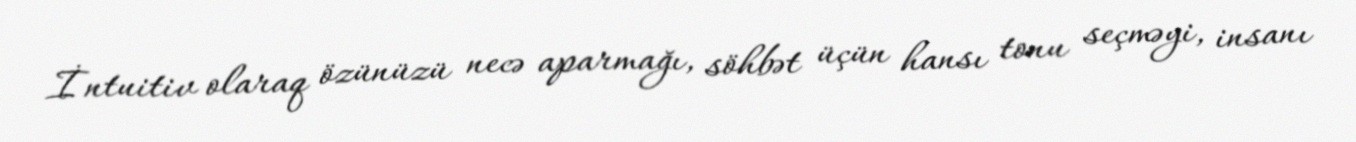
İntuitiv olaraq özünüzü necə aparmağı, söhbət üçün hansı tonu seçməyi, insanı